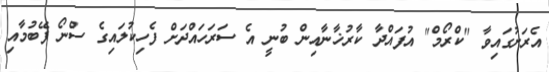
އެރަށުގައިވާ "ކްރޯމް" އުފައްދާ ކާރުޚާނާއިން ބުނީ އެ ސަރަހައްދަށް ފެހިކުލައިގެ ސްނޯ ފޭބުމާއި